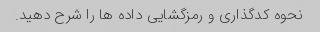
نحوه کدگذاری و رمزگشایی داده ها را شرح دهید.